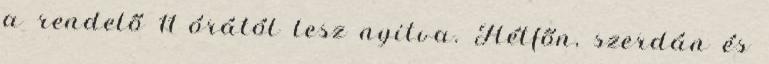
a rendelő 11 órától lesz nyitva. Hétfőn, szerdán és